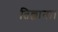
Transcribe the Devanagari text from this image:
तिल्लाना।